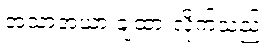
အသာအယာ ချထားလိုက်သည်။